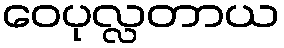
ဝေပုလ္လတာယ